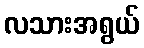
လသားအရွယ်